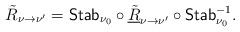
\begin{align*}\tilde{R}_{\nu\rightarrow \nu'}=\mathsf{Stab}_{\nu_0}\circ\underline{\tilde{R}}_{\nu\rightarrow \nu'}\circ \mathsf{Stab}^{-1}_{\nu_0}.\end{align*}